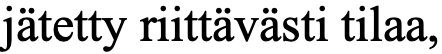
jätetty riittävästi tilaa,